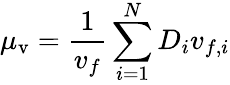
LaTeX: \mu_{\mathrm{v}}=\frac{1}{v_{f}}\sum_{i=1}^{N}D_{i}v_{f,i}